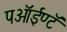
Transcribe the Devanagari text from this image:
पऑईण्टॅ